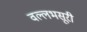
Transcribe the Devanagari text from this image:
वल्लभसूरी